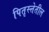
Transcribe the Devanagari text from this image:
पितृस्त्तेतील